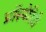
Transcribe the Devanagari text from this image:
प्रॉस्पेरिटी